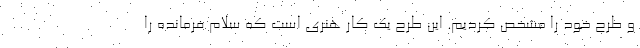
و طرح خود را مشخص کردیم. این طرح یک کار هنری است که سلام فرمانده را